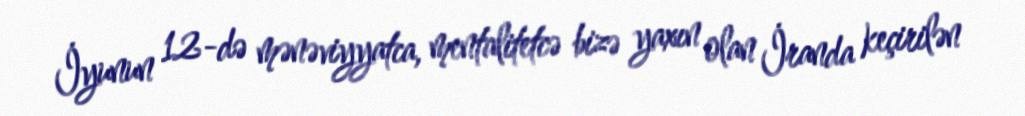
İyunun 12-də mənəviyyatca, mentalitetcə bizə yaxın olan İranda keçirilən